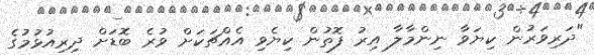
"ދަރިވަރުން ކިޔަވާ ނިންމާލާ އިރު ފޮތުން ކިޔެވި އެއްޗަކަށް ވުރެ ބޮޑަށް ދިރިއުޅުމުގެ